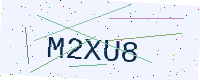
Text: M2XU8